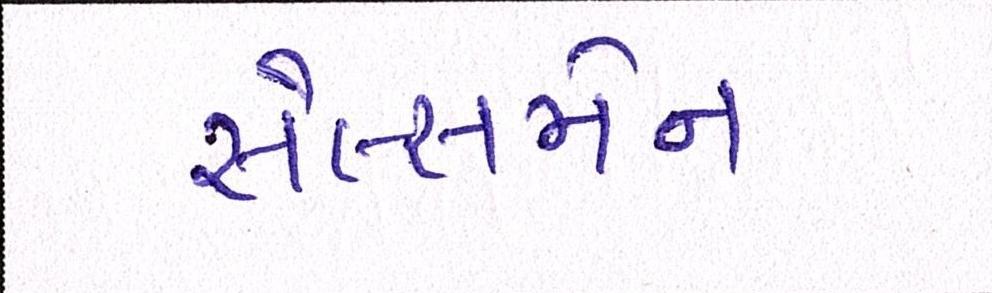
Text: સેલ્સમેન